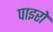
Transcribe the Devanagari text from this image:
पाइरो